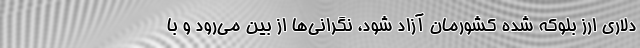
دلاری ارز بلوکه شده کشورمان آزاد شود، نگرانی‌ها از بین می‌رود و با